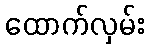
ထောက်လှမ်း